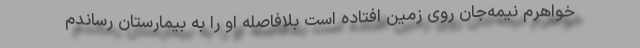
خواهرم نیمه‌جان روی زمین افتاده است بلافاصله او را به بیمارستان رساندم